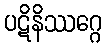
ပဋိနိဿဂ္ဂေ